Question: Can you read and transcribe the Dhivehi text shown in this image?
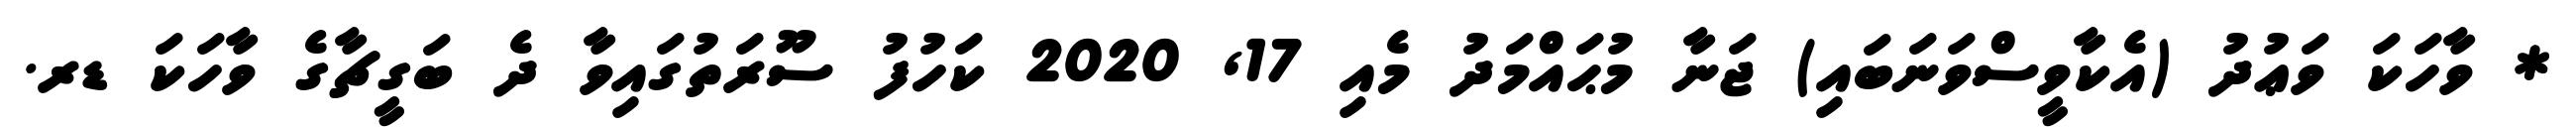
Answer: * ވާހަކަ ވަޢުދު (އެކާވީސްވަނަބައި) ޖަނާ މުޙައްމަދު މެއި 17, 2020 ކަހުފު ސޫރަތުގައިވާ ދެ ބަގީޗާގެ ވާހަކަ ޑރ.